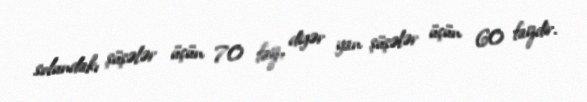
solundakı şüşələr üçün 70 faiz, digər yan şüşələr üçün 60 faizdir.